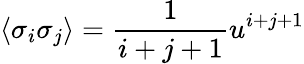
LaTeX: \langle\sigma_{i}\sigma_{j}\rangle=\frac{1}{i+j+1}u^{i+j+1}